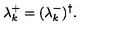
\lambda _ { k } ^ { + } = ( \lambda _ { k } ^ { - } ) ^ { \dag } .